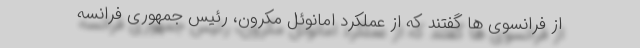
از فرانسوی ها گفتند که از عملکرد امانوئل مکرون، رئیس جمهوری فرانسه